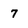
Character: 7